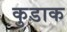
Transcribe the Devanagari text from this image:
कुडाक